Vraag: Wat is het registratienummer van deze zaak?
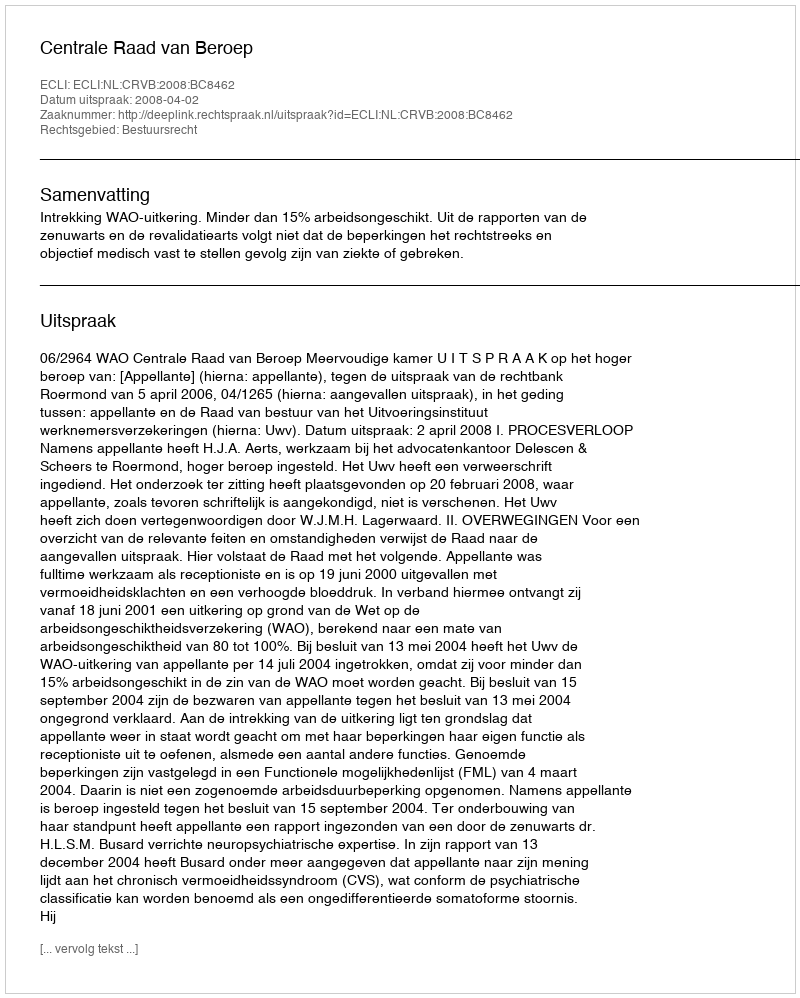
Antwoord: http://deeplink.rechtspraak.nl/uitspraak?id=ECLI:NL:CRVB:2008:BC8462